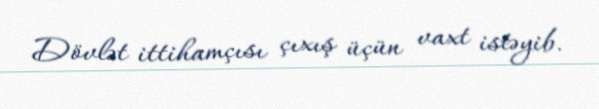
Dövlət ittihamçısı çıxış üçün vaxt istəyib.